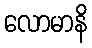
လောမာနိ